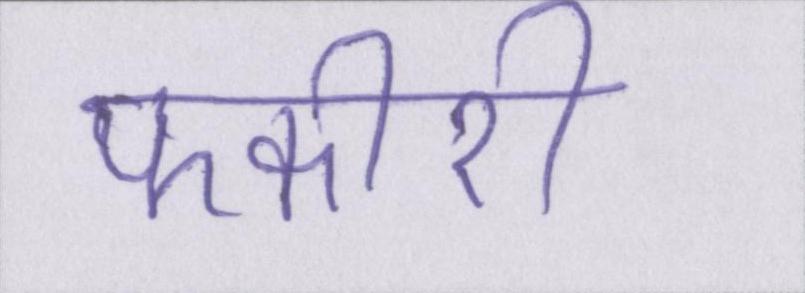
फकीरी